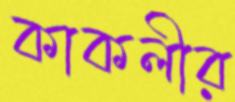
কাকলীর